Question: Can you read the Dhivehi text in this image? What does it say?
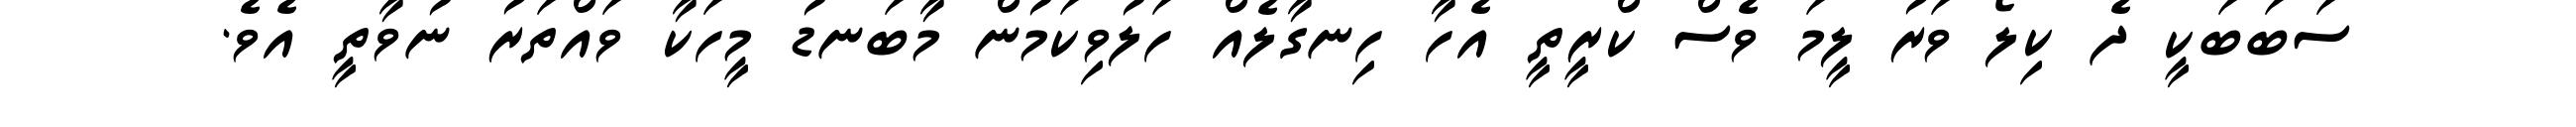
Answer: ސަބަބަކީ ދެ ކިލޯ ވަރު ލީމަ ވެސް ކްރީތީ އެހާ ހިނގާލެއް ހަލުވިކަމުން މާބަނޑު މީހަކާ ވައްތަރު ނުވާތީ އެވެ.